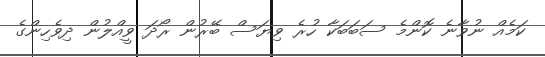
ކަމެއް ނުވާނެ ކޮންމެ ސަބަބަކާ ހުރެ ވިޔަސް ބޭރުން ރޯދަ ވީއްލުން ދިވެހިންގެ